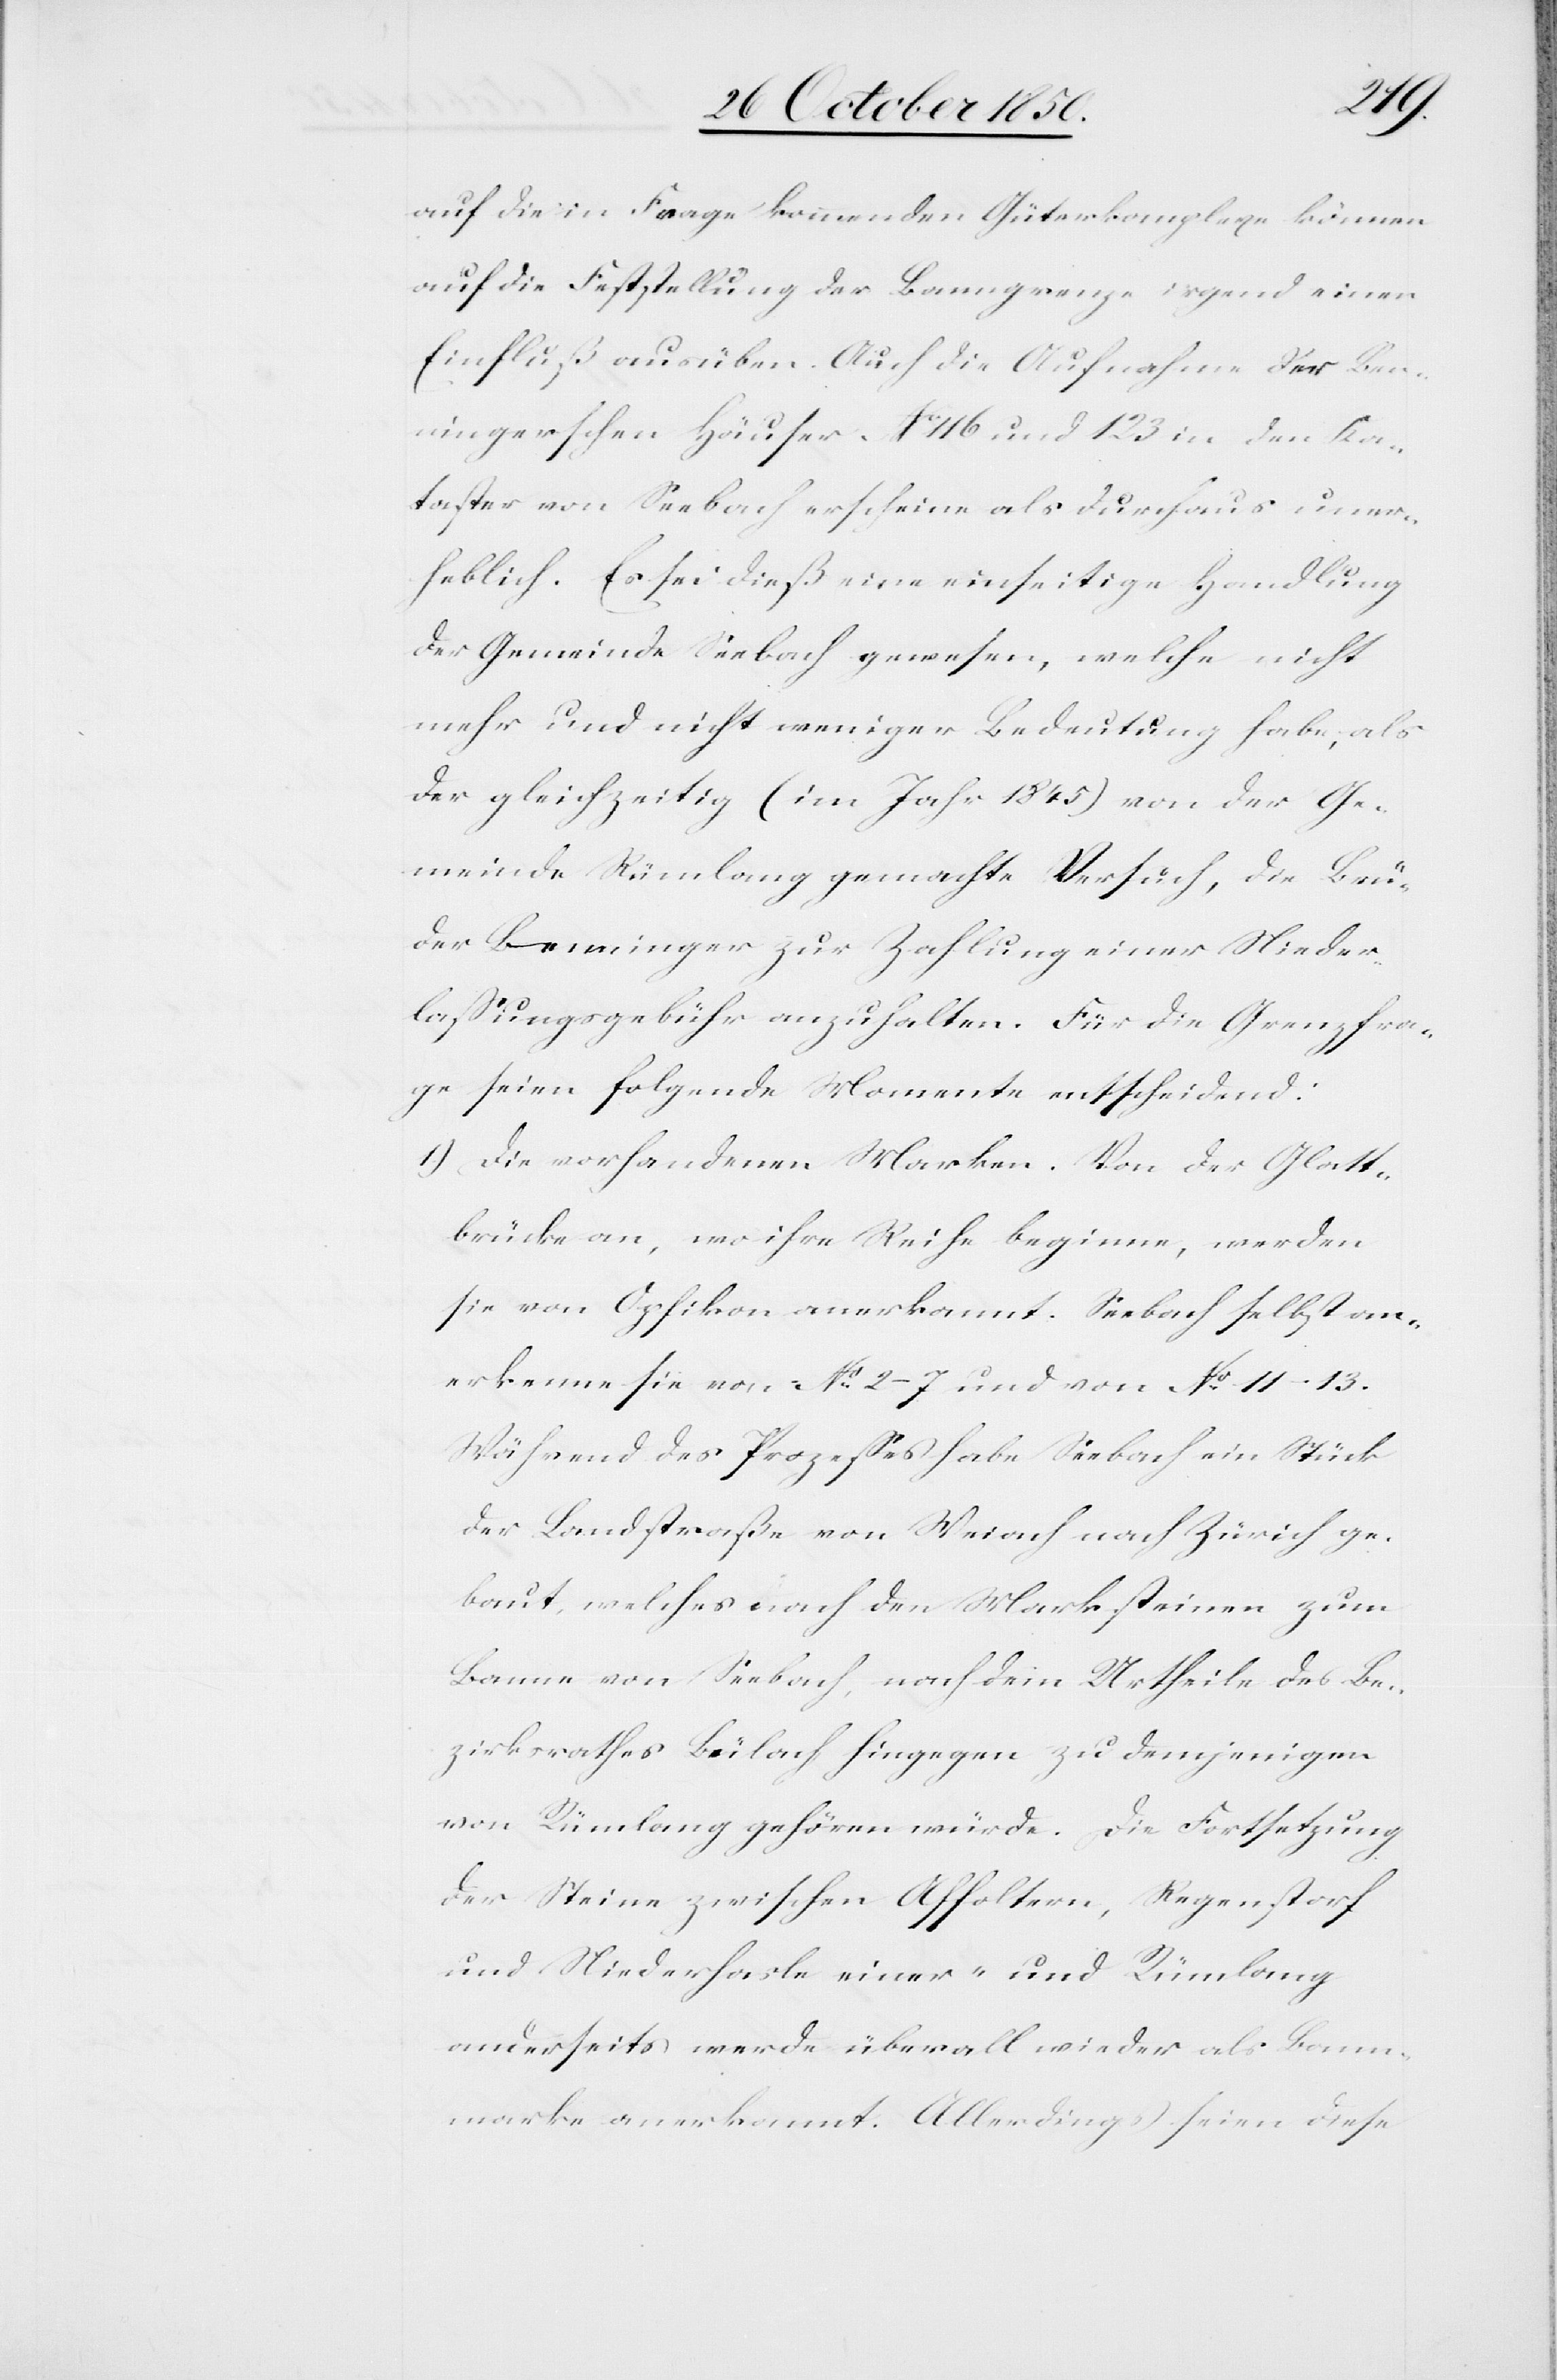
auf die in Frage kommenden Güterkomplexe können
auf die Feststellung der Banngrenze irgend einen
Einfluß ausüben. Auch die Aufnahme der Ben¬
ningerschen Häuser No 116 und 123 in den Ka¬
taster von Seebach erscheine als durchaus uner¬
heblich. Es sei dieß eine einseitige Handlung
der Gemeinde Seebach gewesen, welche nicht
mehr und nicht weniger Bedeutung habe, als
der gleichzeitig (im Jahr 1845) von der Ge¬
meinde Rümlang gemachte Versuch, die Brü¬
der Benninger zur Zahlung einer Nieder¬
lassungsgebühr anzuhalten. Für die Grenzfra¬
ge seien folgende Moment entscheidend:
1) Die vorhandenen Marken. Von der Glatt¬
brücke an, wo ihre Reihe beginne, werden
sie von Opfikon anerkannt. Seebach selbst an¬
erkenne sie von No 2–7 und von No 11–13.
Während des Prozesses habe Seebach ein Stück
der Landstraße von Weiach nach Zürich ge¬
baut, welches nach den Marksteinen zum
Banne von Seebach, nach dem Urtheile des Be¬
zirksrathes Bülach hingegen zu demjenigen
von Rümlang gehören würde. Die Fortsetzung
der Steine zwischen Affoltern, Regenstorf
und Niederhasle einer- und Rümlang
anderseits werde überall wieder als Bann¬
marke anerkannt. Allerdings seien diese